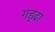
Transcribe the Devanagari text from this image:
गड़्ढा